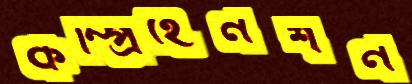
কম্প্রিহেনশন